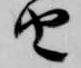
由